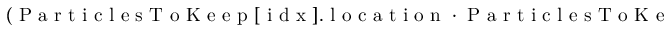
\left( \mathrm { ~ P ~ a ~ r ~ t ~ i ~ c ~ l ~ e ~ s ~ T ~ o ~ K ~ e ~ e ~ p ~ } [ \mathrm { ~ i ~ d ~ x ~ } ] . \mathrm { ~ l ~ o ~ c ~ a ~ t ~ i ~ o ~ n ~ } \cdot \mathrm { ~ P ~ a ~ r ~ t ~ i ~ c ~ l ~ e ~ s ~ T ~ o ~ K ~ e ~ e ~ p ~ } [ \mathrm { ~ i ~ d ~ x ~ } ] . \mathrm { ~ e ~ n ~ e ~ r ~ g ~ y ~ } + \right.